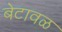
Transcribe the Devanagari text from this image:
बेटावळ